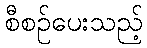
စီစဉ်ပေးသည့်